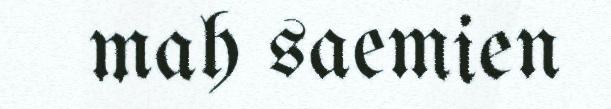
mah saemien